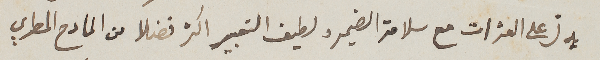
يدلّ على العثرات مع سلامة الضمير ولطيف التعبير اكثر فضلا من المادح المطري